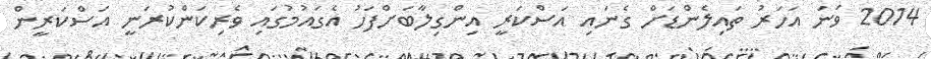
2014 ވަނަ އަހަރު ތައިލެންޑަށް ގެނައި އަސްކަރީ އިންގިލާބަށްފަހު އެގައުމުގައި ވެރިކަންކުރަނީ އަސްކަރީން